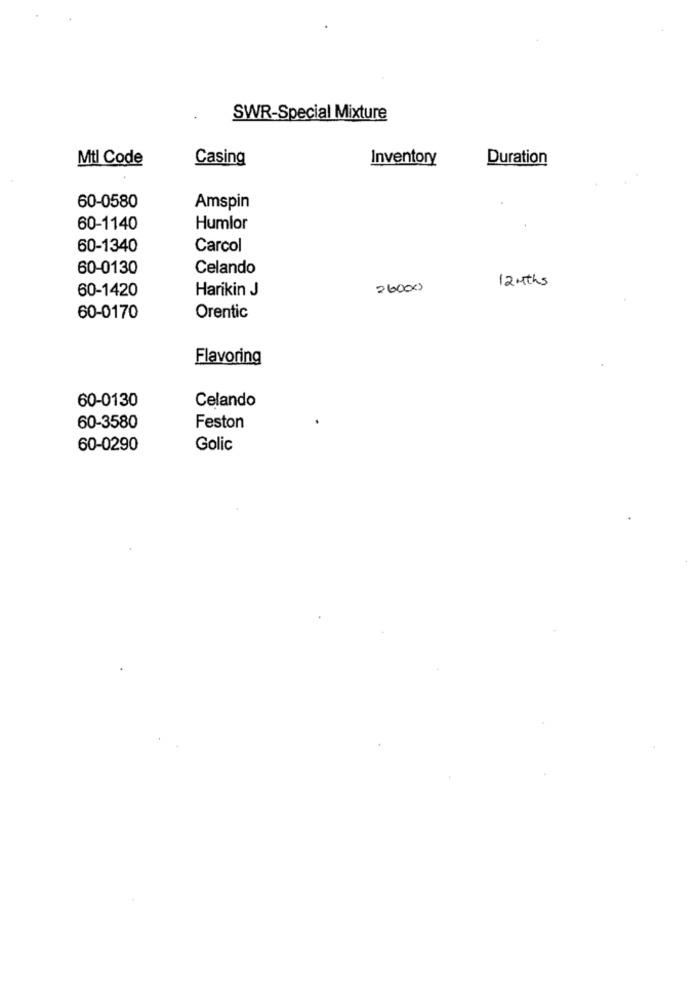
SWR-Special Mixture
Mtl Code
Casing
Inventory
Duration
60-0580
Amspin
60-1140
Humlor
60-1340
Carcol
60-0130
Celando
12 Mths
60-1420
Harikin J
26000
60-0170
Orentic
Flavoring
60-0130
Celando
60-3580
Feston
60-0290
Golic